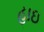
હાઇ